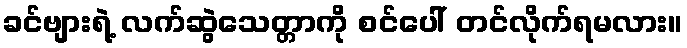
ခင်ဗျားရဲ့ လက်ဆွဲသေတ္တာကို စင်ပေါ် တင်လိုက်ရမလား။